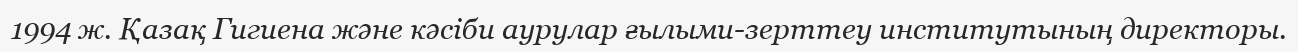
1994 ж. Қазақ Гигиена және кәсіби аурулар ғылыми-зерттеу институтының директоры.